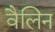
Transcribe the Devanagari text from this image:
वैलिन